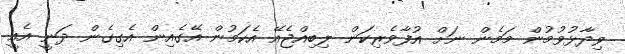
ވިދާޅުވުމުން މަމެން ނަށް އުފާވެރިކަން ލިބިއްޖެއޭ އެކަމުން އޭގެއިން އެގިގެން ދަނީ އެއީ